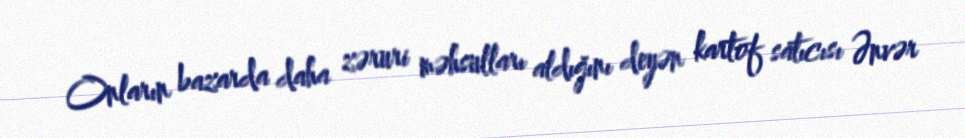
Onların bazarda daha zəruri məhsulları aldığını deyən kartof satıcısı Ənvər